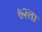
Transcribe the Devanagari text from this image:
७२ला